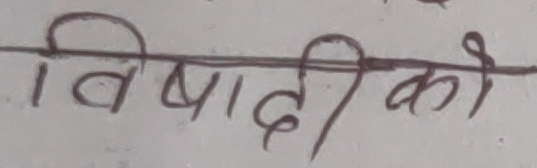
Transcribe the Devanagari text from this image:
विषादी को